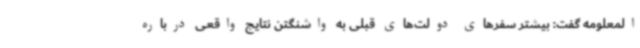
المعلومه گفت: بیشتر سفرهای دولت‌های قبلی به واشنگتن نتایج واقعی درباره